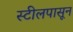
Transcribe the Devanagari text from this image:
स्टीलपासून